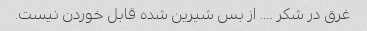
غرق در شکر …. از بس شیرین شده قابل خوردن نیست.